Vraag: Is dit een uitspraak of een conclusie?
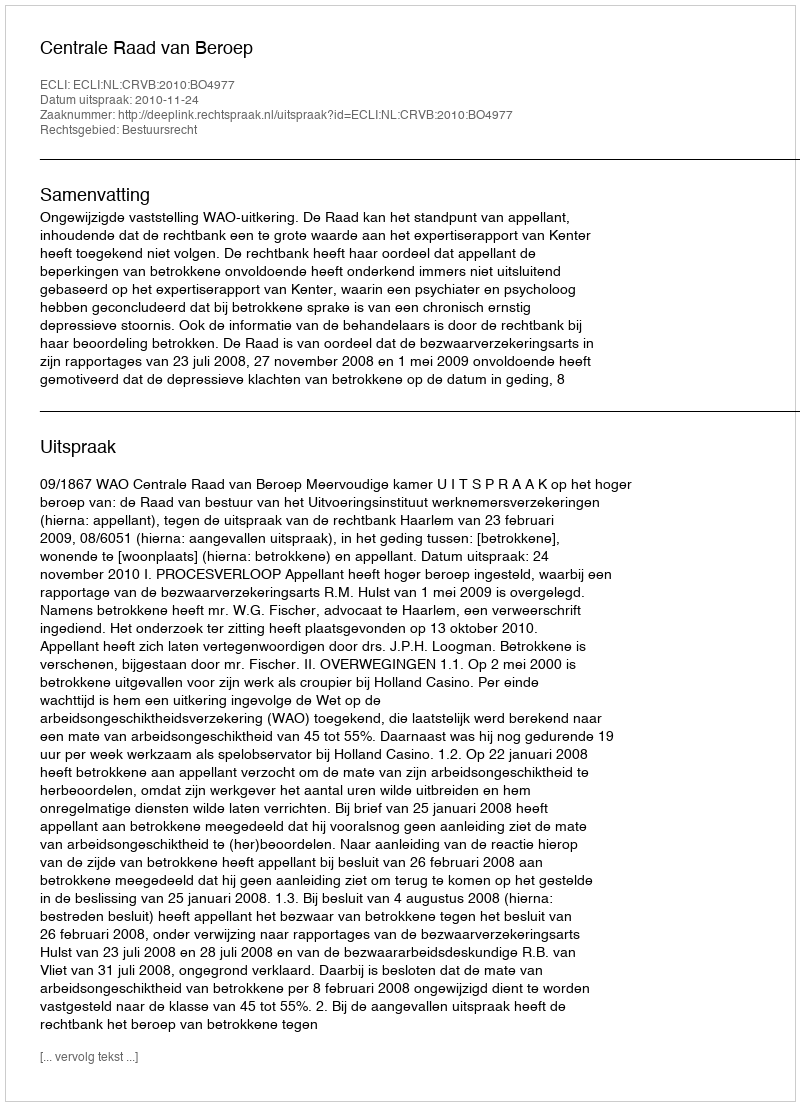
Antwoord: Uitspraak